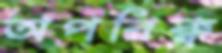
অপরিক্ব